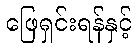
ဖြေရှင်းရန်နှင့်